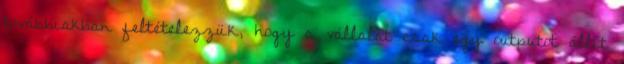
továbbiakban feltételezzük, hogy a vállalat csak egy outputot állít